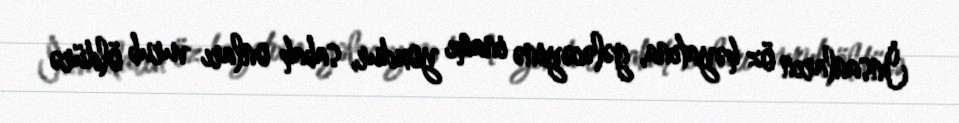
İnsanların öz həyatına, gələcəyinə inamı yoxdur, sabah onları vurub öldürə